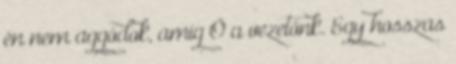
én nem aggódok, amíg Ő a vezetőnk. Egy hosszas